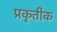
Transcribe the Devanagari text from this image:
प्रकृतीक